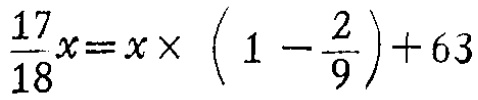
$\frac{17}{18}x=x\times\left(1 - \frac{2}{9}\right)+63$